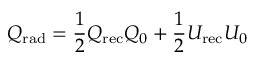
Q _ { \mathrm { { r a d } } } = \frac { 1 } { 2 } Q _ { \mathrm { { r e c } } } Q _ { 0 } + \frac { 1 } { 2 } U _ { \mathrm { { r e c } } } U _ { 0 }